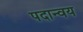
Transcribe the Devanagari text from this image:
पदान्वय